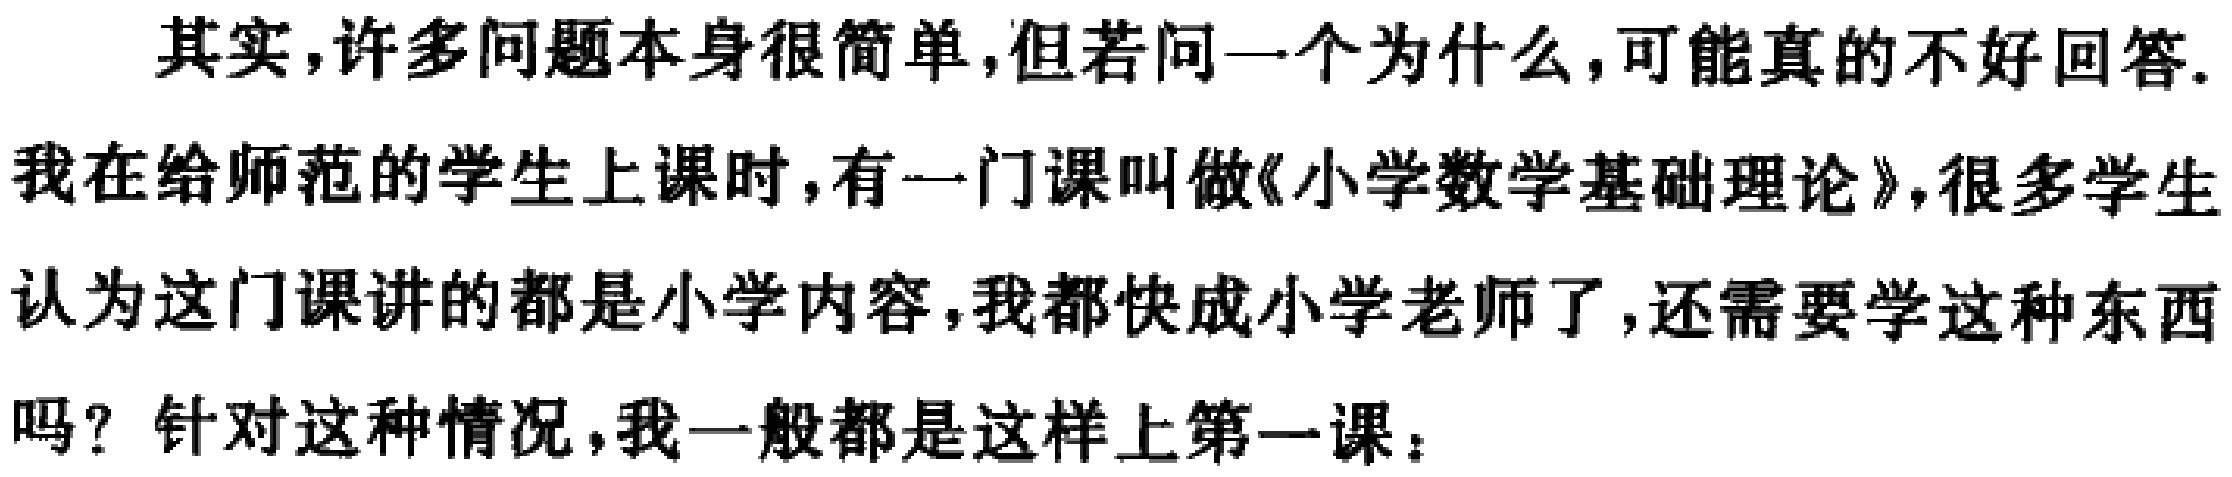
其实,许多问题本身很简单,但若问一个为什么,可能真的不好回答.
我在给师范的学生上课时,有一门课叫做《小学数学基础理论》,很多学生
认为这门课讲的都是小学内容,我都快成小学老师了,还需要学这种东西
吗？针对这种情况,我一般都是这样上第一课：